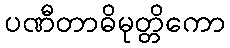
ပဏီတာဓိမုတ္တိကော